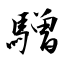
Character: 驓